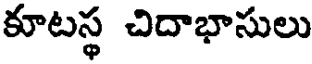
కూటస్థ చిదాభాసులు